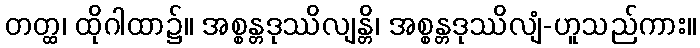
တတ္ထ၊ ထိုဂါထာ၌။ အစ္စန္တဒုဿိလျန္တိ၊ အစ္စန္တဒုဿိလျံ-ဟူသည်ကား။